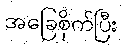
အခြေစိုက်ပြီး